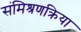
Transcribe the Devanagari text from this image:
संमिश्रणक्रिया